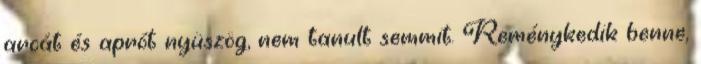
arcát és aprót nyüszög, nem tanult semmit. Reménykedik benne,